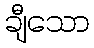
ချီသော